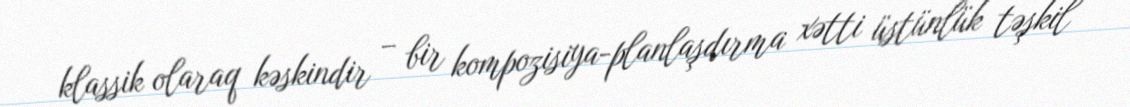
klassik olaraq kəskindir – bir kompozisiya-planlaşdırma xətti üstünlük təşkil